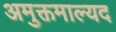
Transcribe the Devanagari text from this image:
अमुक्तमाल्यद